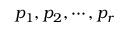
p _ { 1 } , p _ { 2 } , \cdots , p _ { r }